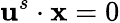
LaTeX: \mathbf{u}^{s}\cdot\mathbf{x}=0